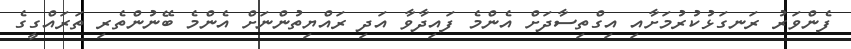
ފެންވަރު ރަނގަޅުކުރުމަށާއި އިގްތިސާދަށް އެންމެ ފައިދާވާ އަދި ރައްޔިތުންނަށް އެންމެ ބޭނުންތެރި ތަރައްގީގެ